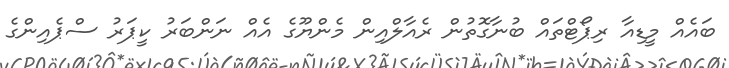
ބައެއް މީޑިއާ ރިޕޯޓްތައް ބުނާގޮތުން ރެއާލްއިން މެންޔޫގެ އެއް ނަންބަރު ކީޕަރު ސްޕެއިންގެ